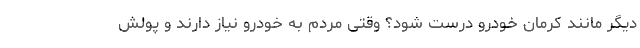
دیگر مانند کرمان خودرو درست شود؟ وقتی مردم به خودرو نیاز دارند و پولش